Vaccination in the Punjab 1905-1918 - 1905-1918
Year: 1905
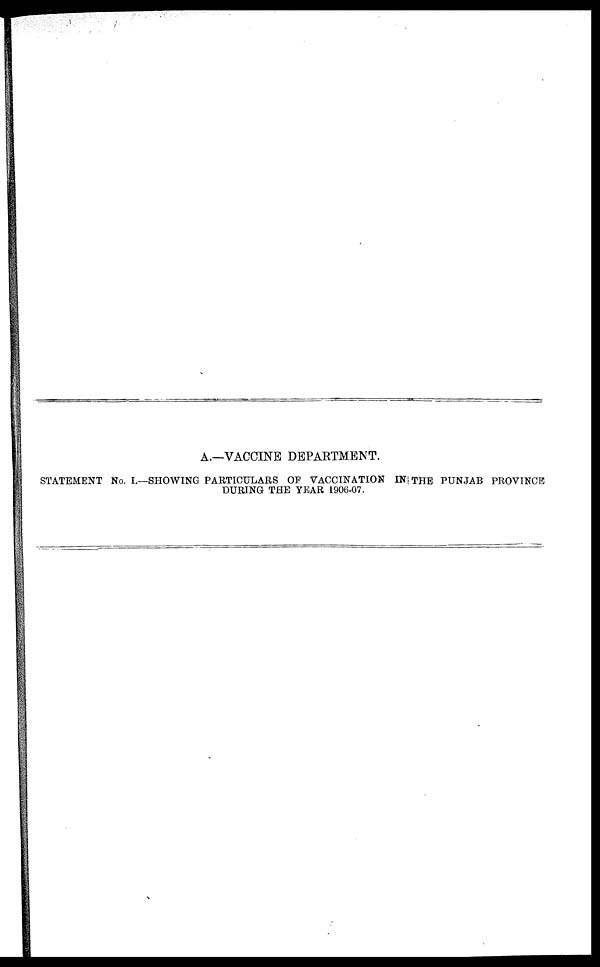
A.—VACCINE DEPARTMENT.
STATEMENT No. I.—SHOWING PARTICULARS OF VACCINATION IN THE PUNJAB PROVINCE
DURING THE YEAR 1906-07.